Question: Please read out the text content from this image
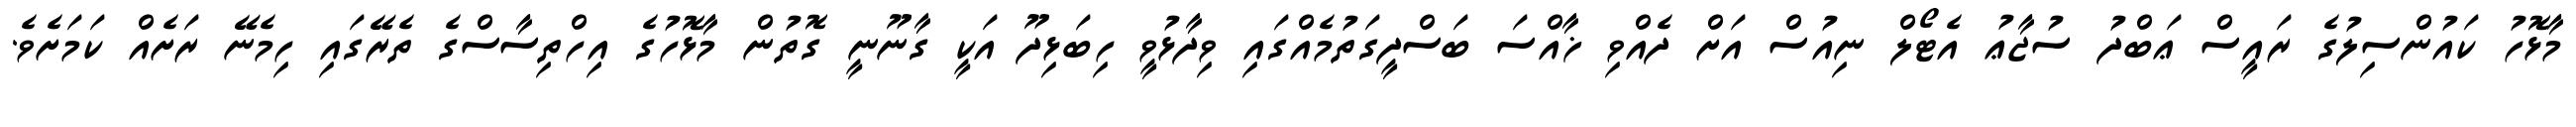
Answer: މާޅޮހު ކައުންސިލުގެ ރައީސް ޢަބްދު ސުޖާޢު އެޓޯލް ނިއުސް އަށް ދެއްވި ޚާއްސަ ބަސްދީގަތުމެއްގައި ވިދާޅުވީ ހިބަޅިދޫ އަކީ ގާނޫނީ ގޮތުން މާޅޮހުގެ އިހްތިސާސްގެ ތެރޭގައި ހިމެނޭ ރަށެއް ކަމަށެވެ.